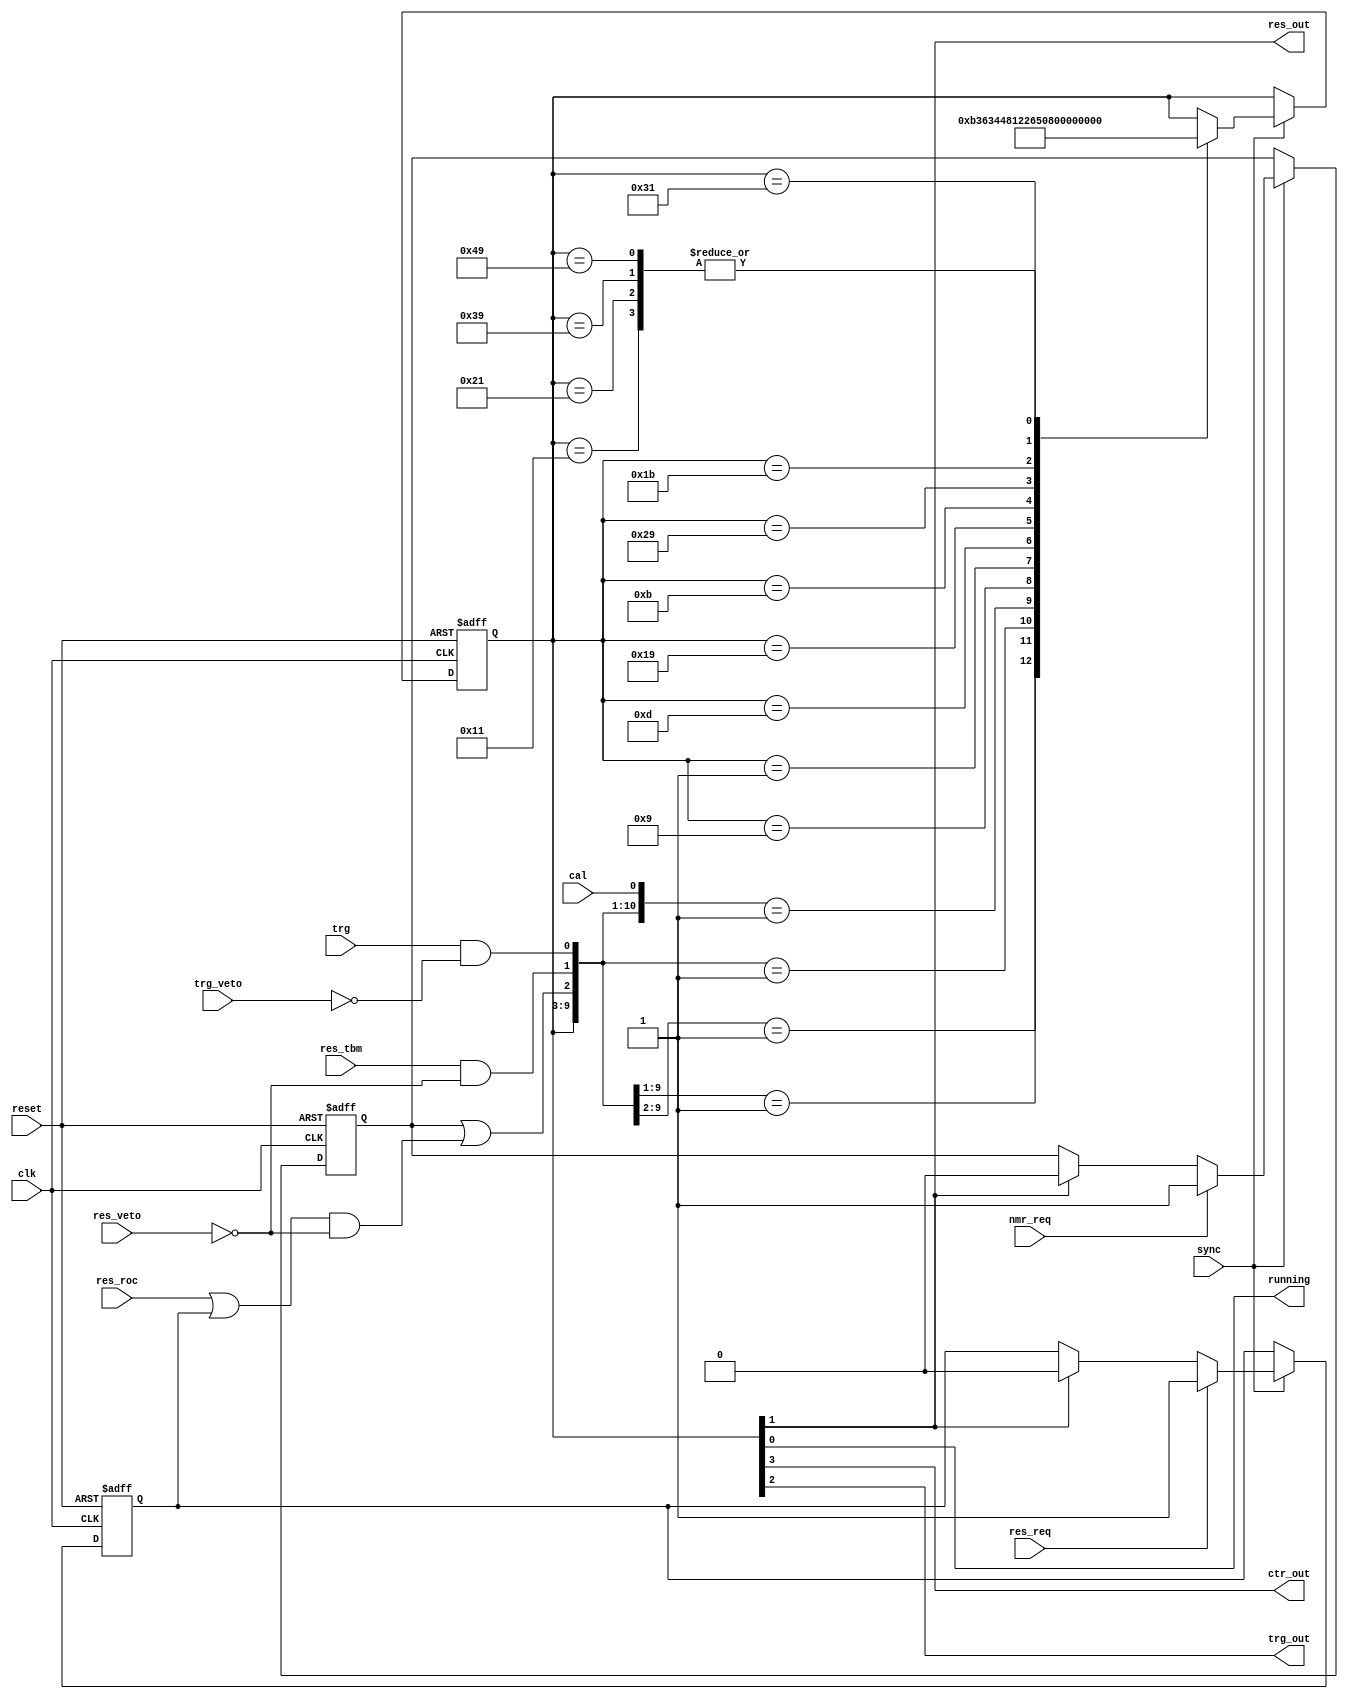
module ctr_encoder
(
	input clk,
	input sync,
	input reset,
	input cal,      
	input trg,      
	input res_roc,  
	input res_tbm,  
	input res_req,  
	input nmr_req,  
	input trg_veto, 
	input res_veto, 
	output running,
	output ctr_out,
	output trg_out,
	output res_out
);
	reg res_req_ff;
	always @(posedge clk or posedge reset)
	begin
		if (reset) res_req_ff <= 0;
		else if (sync)
		begin
			if      (res_req) res_req_ff <= 1;
			else if (res_out) res_req_ff <= 0;
		end
	end
	reg nmr_req_ff;
	always @(posedge clk or posedge reset)
	begin
		if (reset) nmr_req_ff <= 0;
		else if (sync)
		begin
			if      (nmr_req) nmr_req_ff <= 1;
			else if (res_out) nmr_req_ff <= 0;
		end
	end
	wire res  = nmr_req_ff || ((res_roc || res_req_ff) && !res_veto);
	wire rtbm = res_tbm && !res_veto;
	wire trig = trg & !trg_veto;
	reg [6:0]ctrgen;
	localparam SM_IDLE = 7'b000_0000;
	localparam SM_CAL1 = 7'b000_1001;
	localparam SM_CAL2 = 7'b000_0001;
	localparam SM_CAL3 = 7'b001_0001;
	localparam SM_TRG1 = 7'b000_1101;
	localparam SM_TRG2 = 7'b001_1001;
	localparam SM_TRG3 = 7'b010_0001;
	localparam SM_RES1 = 7'b000_1011;
	localparam SM_RES2 = 7'b010_1001;
	localparam SM_RES3 = 7'b011_1001;
	localparam SM_TBM1 = 7'b001_1011;
	localparam SM_TBM2 = 7'b011_0001;
	localparam SM_TBM3 = 7'b100_1001;
	assign {ctr_out, trg_out, res_out, running} = ctrgen[3:0];
	always @(posedge clk or posedge reset)
	begin
		if (reset) ctrgen <= SM_IDLE;
		else if (sync)
		casex ({ctrgen,  res,  rtbm, trig, cal})
			     {SM_IDLE, 1'b1, 1'bx, 1'bx, 1'bx}: ctrgen <= SM_RES1;
			     {SM_IDLE, 1'b0, 1'b1, 1'bx, 1'bx}: ctrgen <= SM_TBM1;
			     {SM_IDLE, 1'b0, 1'b0, 1'b1, 1'bx}: ctrgen <= SM_TRG1;
			     {SM_IDLE, 1'b0, 1'b0, 1'b0, 1'b1}: ctrgen <= SM_CAL1;
			     {SM_CAL1, 1'bx, 1'bx, 1'bx, 1'bx}: ctrgen <= SM_CAL2;
			     {SM_CAL2, 1'bx, 1'bx, 1'bx, 1'bx}: ctrgen <= SM_CAL3;
			     {SM_CAL3, 1'bx, 1'bx, 1'bx, 1'bx}: ctrgen <= SM_IDLE;
			     {SM_TRG1, 1'bx, 1'bx, 1'bx, 1'bx}: ctrgen <= SM_TRG2;
			     {SM_TRG2, 1'bx, 1'bx, 1'bx, 1'bx}: ctrgen <= SM_TRG3;
			     {SM_TRG3, 1'bx, 1'bx, 1'bx, 1'bx}: ctrgen <= SM_IDLE;
			     {SM_RES1, 1'bx, 1'bx, 1'bx, 1'bx}: ctrgen <= SM_RES2;
			     {SM_RES2, 1'bx, 1'bx, 1'bx, 1'bx}: ctrgen <= SM_RES3;
			     {SM_RES3, 1'bx, 1'bx, 1'bx, 1'bx}: ctrgen <= SM_IDLE;
			     {SM_TBM1, 1'bx, 1'bx, 1'bx, 1'bx}: ctrgen <= SM_TBM2;
			     {SM_TBM2, 1'bx, 1'bx, 1'bx, 1'bx}: ctrgen <= SM_TBM3;
			     {SM_TBM3, 1'bx, 1'bx, 1'bx, 1'bx}: ctrgen <= SM_IDLE;
		endcase
	end
endmodule